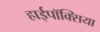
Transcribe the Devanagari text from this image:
हाईपॉक्सिया